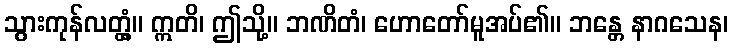
သွားကုန်လတ္တံ့။ ဣတိ၊ ဤသို့။ ဘဏိတံ၊ ဟောတော်မူအပ်၏။ ဘန္တေ နာဂသေန၊